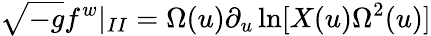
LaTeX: \sqrt{-g}f^{w}|_{II}=\Omega(u)\partial_{u}\ln[X(u)\Omega^{2}(u)]